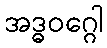
အဒ္ဓဝဂ္ဂေါ